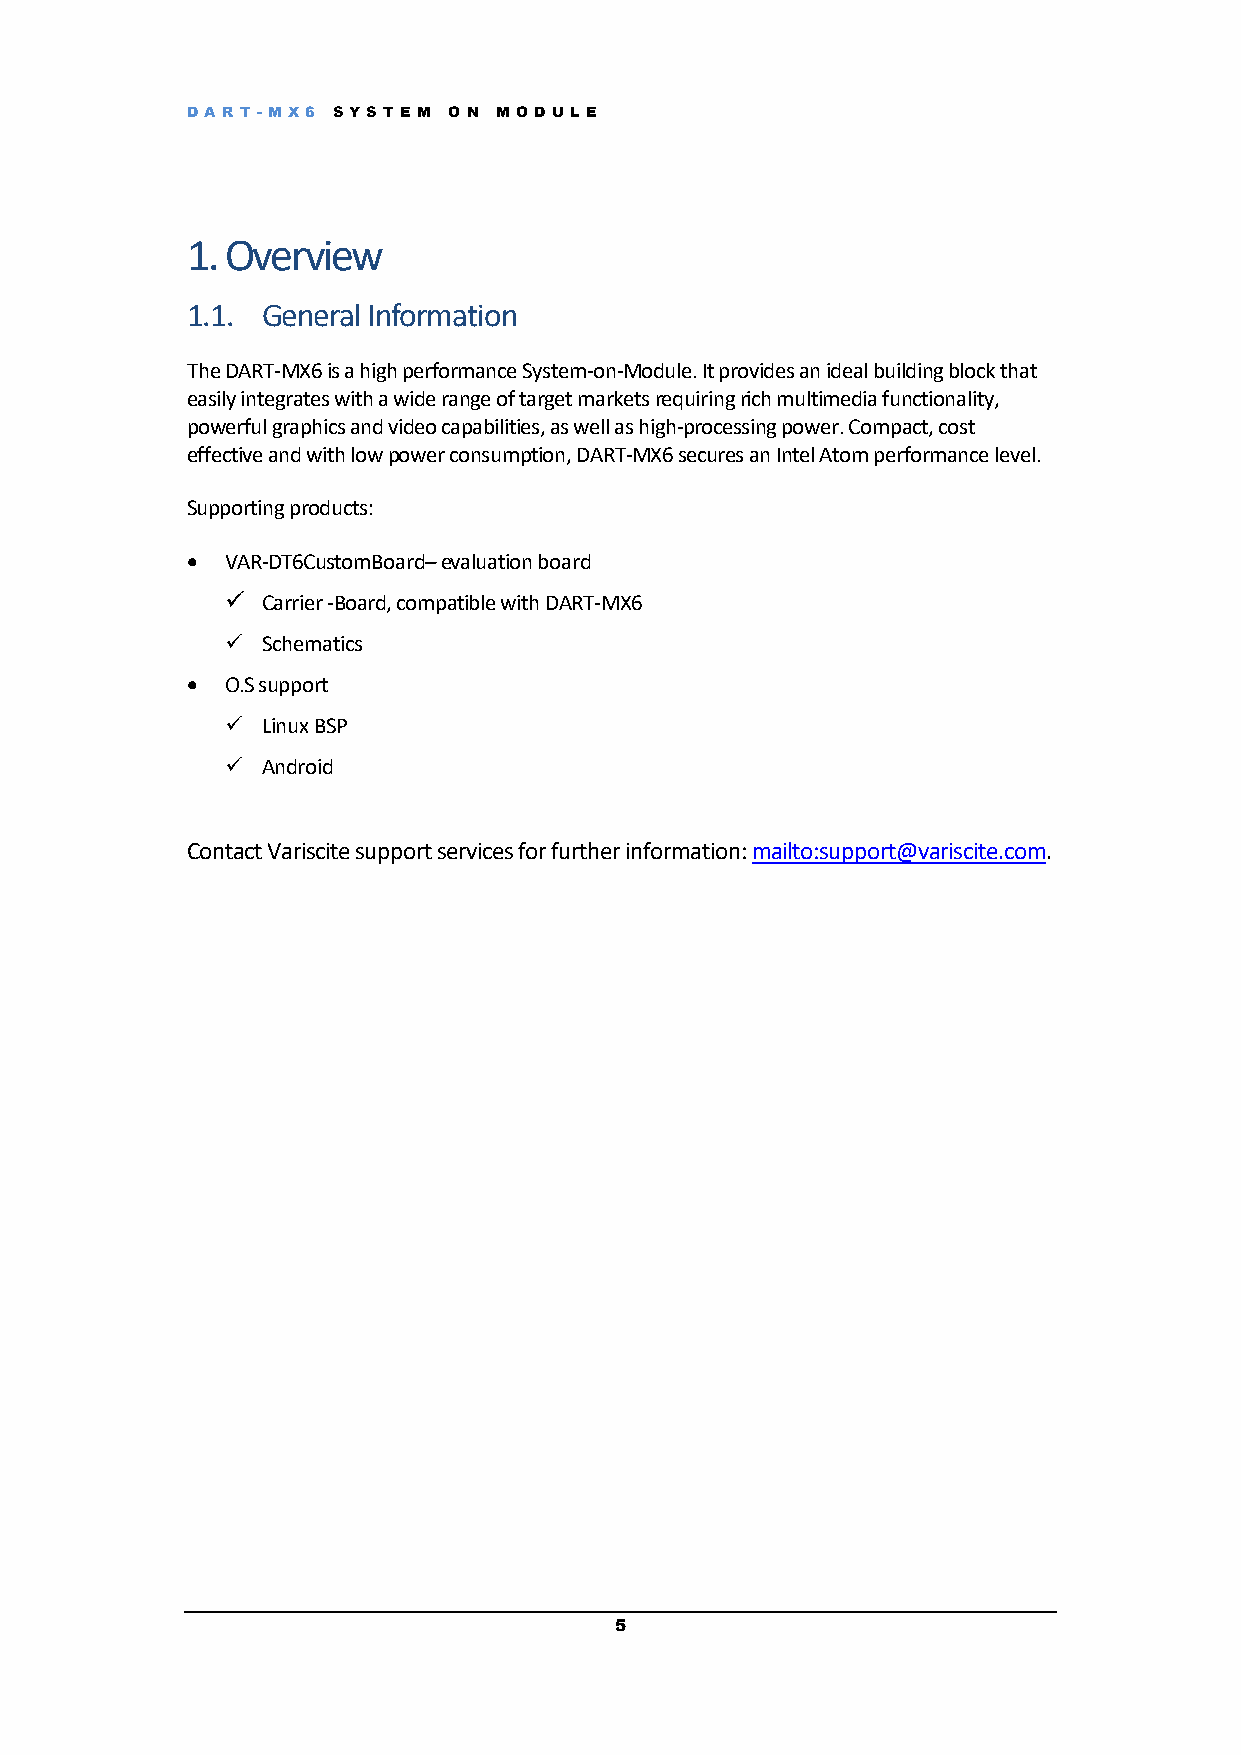
DART -M X6 S YS T E M O N M OD UL E
 1. Overview
 1.1. General Information
 The DART-MX6 is a high performance System-on-Module. It provides an ideal building block that
 easily integrates with a wide range of target markets requiring rich multimedia functionality,
 powerful graphics and video capabilities, as well as high-processing power. Compact, cost
 effective and with low power consumption, DART-MX6 secures an Intel Atom performance level.
 Supporting products:
 •  VAR-DT6CustomBoard– evaluation board
 ✓ Carrier -Board, compatible with DART-MX6
 ✓ Schematics
 •  O.S support
 ✓ Linux BSP
 ✓ Android
 Contact Variscite support services for further information: mailto:support@variscite.com.
 5